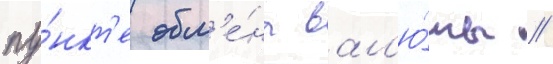
пу́нкт'е обм'е́на вал'ю́ты //